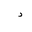
Letter: _dal